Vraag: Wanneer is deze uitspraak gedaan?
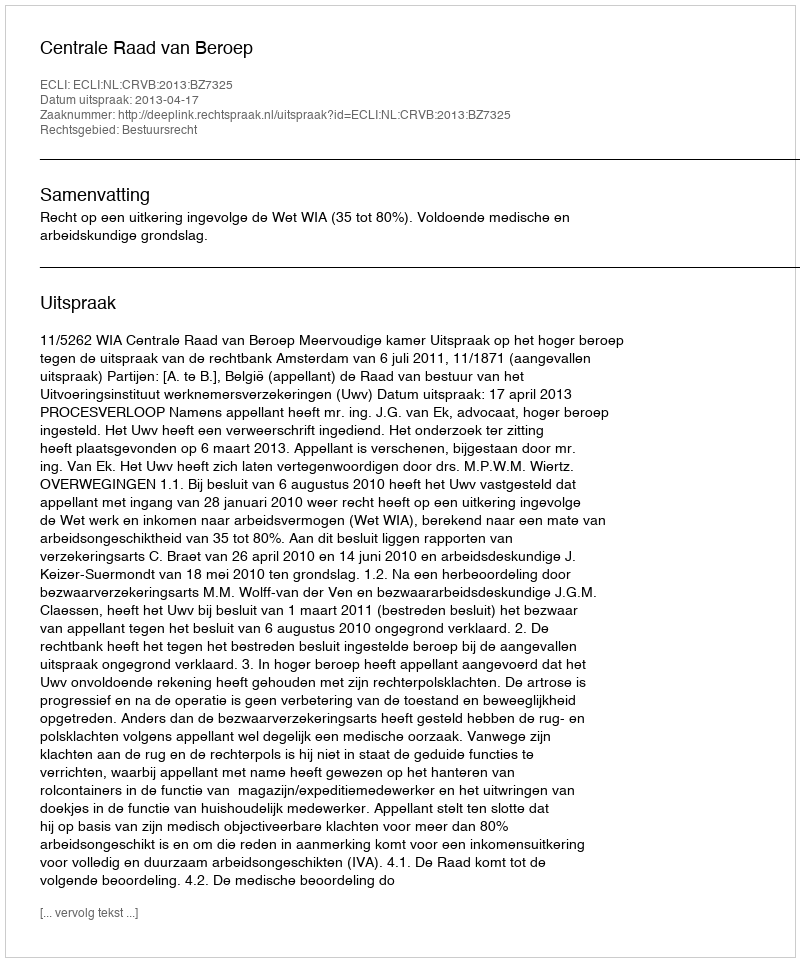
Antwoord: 2013-04-17